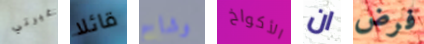
غيرتي قائلا وشاح الأكواخ ان فرض